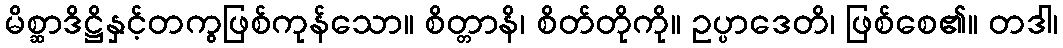
မိစ္ဆာဒိဋ္ဌိနှင့်တကွဖြစ်ကုန်သော။ စိတ္တာနိ၊ စိတ်တိုကို။ ဥပ္ပာဒေတိ၊ ဖြစ်စေ၏။ တဒါ၊